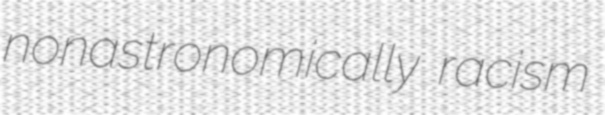
nonastronomically racism